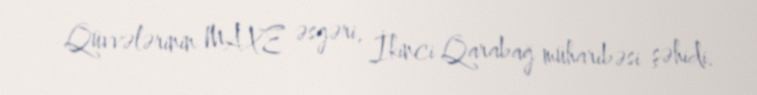
Qüvvələrinin MAXE əsgəri, İkinci Qarabağ müharibəsi şəhidi.